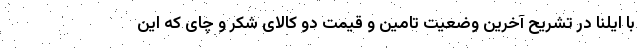
با ایلنا در تشریح آخرین وضعیت تامین و قیمت دو کالای شکر و چای که این